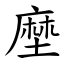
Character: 塺